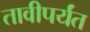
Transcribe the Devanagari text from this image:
तावीपर्यंत